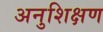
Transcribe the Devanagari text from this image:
अनुशिक्षण